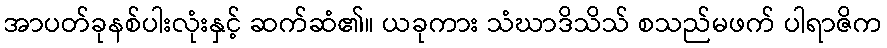
အာပတ်ခုနစ်ပါးလုံးနှင့် ဆက်ဆံ၏။ ယခုကား သံဃာဒိသိသ် စသည်မဖက် ပါရာဇိက